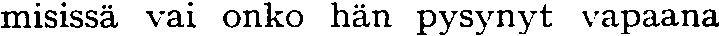
misissä vai onko hän pysynyt vapaana